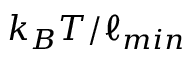
k _ { B } T / \ell _ { m i n }